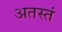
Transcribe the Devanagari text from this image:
अतस्तं